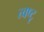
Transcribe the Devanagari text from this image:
त्वष्टृ